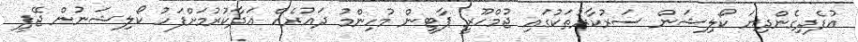
އުފެދިގެންދިޔަ ކޯލިޝަން ސަރުކާރުތަކުގައި ޖުމްހޫރީ ޕާޓީން މުހިންމު ދައުރެއް އަދާކުރުމަށްފަހު ކޯލިޝަނުން ޖޭޕީ